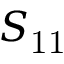
S _ { \mathrm { 1 1 } }